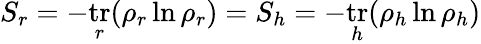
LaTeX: S_{r}=-\mathop{\mathrm{tr}}_{r}(\rho_{r}\ln\rho_{r})=S_{h}=-\mathop{\mathrm{tr}}_{h}(\rho_{h}\ln\rho_{h})